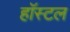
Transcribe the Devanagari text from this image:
हाॅस्टल